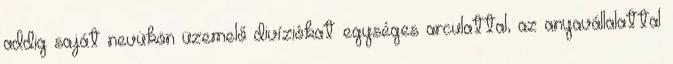
addig saját nevükön üzemelő divíziókat egységes arculattal, az anyavállalattal